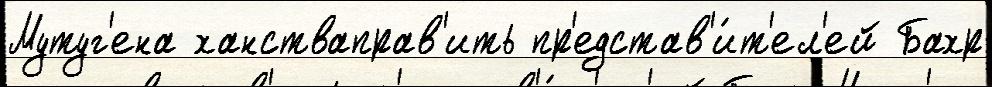
Мутуг'ена ханстваправ'ить пр'едстав'и́т'ел'ей Бахр